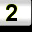
Digit: 2